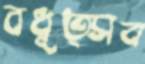
বধূত্সব